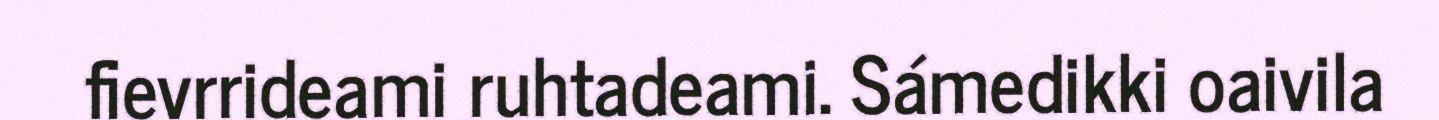
fievrrideami ruhtadeami. Sámedikki oaivila